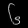
Digit: ၆